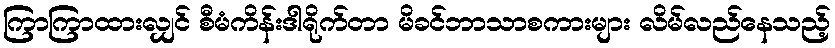
ကြာကြာထားလျှင် စီမံကိန်းဒါရိုက်တာ မိခင်ဘာသာစကားများ လိမ်လည်နေသည့်